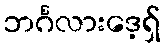
ဘင်္ဂလားဒေ့ရှ်